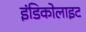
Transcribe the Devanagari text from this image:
इंडिकोलाइट